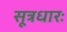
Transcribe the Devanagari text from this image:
सूत्रधारः